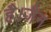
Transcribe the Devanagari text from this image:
है।जैन